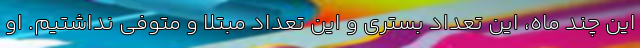
این چند ماه، این تعداد بستری و این تعداد مبتلا و متوفی نداشتیم. او